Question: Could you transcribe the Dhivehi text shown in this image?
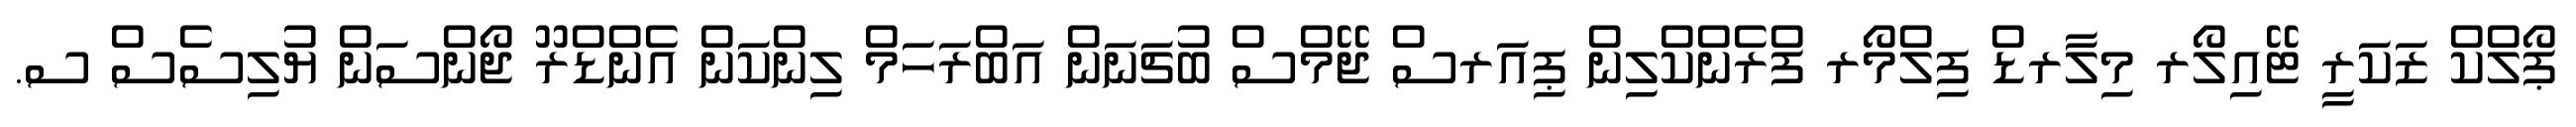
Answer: ޕޯލްކް ޒަކަރީ ޓޭއިލޯރ މިލާރޑް ފިލްމޯރ ފްރެންކްލިން ޕިއަރސް ޖޭމްސް ބުޗަނަން އަބްރަހަމް ލިންކަން އެންޑްރޫ ޖޯންސަން ޔުލިސެސް ސ.